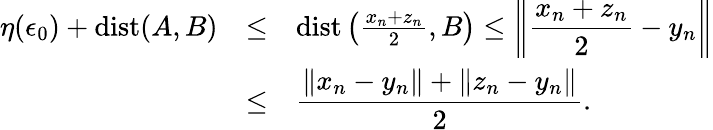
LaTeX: \begin{array}{lll}{\eta(\epsilon_{0})+\mathrm{dist}(A,B)}&{\leq}&{\mathrm{dist}\left(\frac{x_{n}+z_{n}}{2},B\right)\leq\left\| \displaystyle\frac{x_{n}+z_{n}}{2}-y_{n}\right\| }\\ &{\leq}&{\displaystyle\frac{\| x_{n}-y_{n}\| +\| z_{n}-y_{n}\| }{2}.}\end{array}